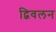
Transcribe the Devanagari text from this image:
द्विवलन